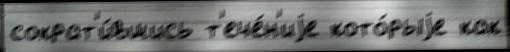
сократ'и́вшись т'ече́н'иjе кото́рыjе как